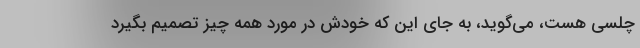
چلسی هست، می‌گوید، به جای این که خودش در مورد همه چیز تصمیم بگیرد